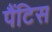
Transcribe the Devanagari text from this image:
पैंटिस